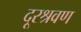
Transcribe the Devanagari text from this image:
दूरश्रवण